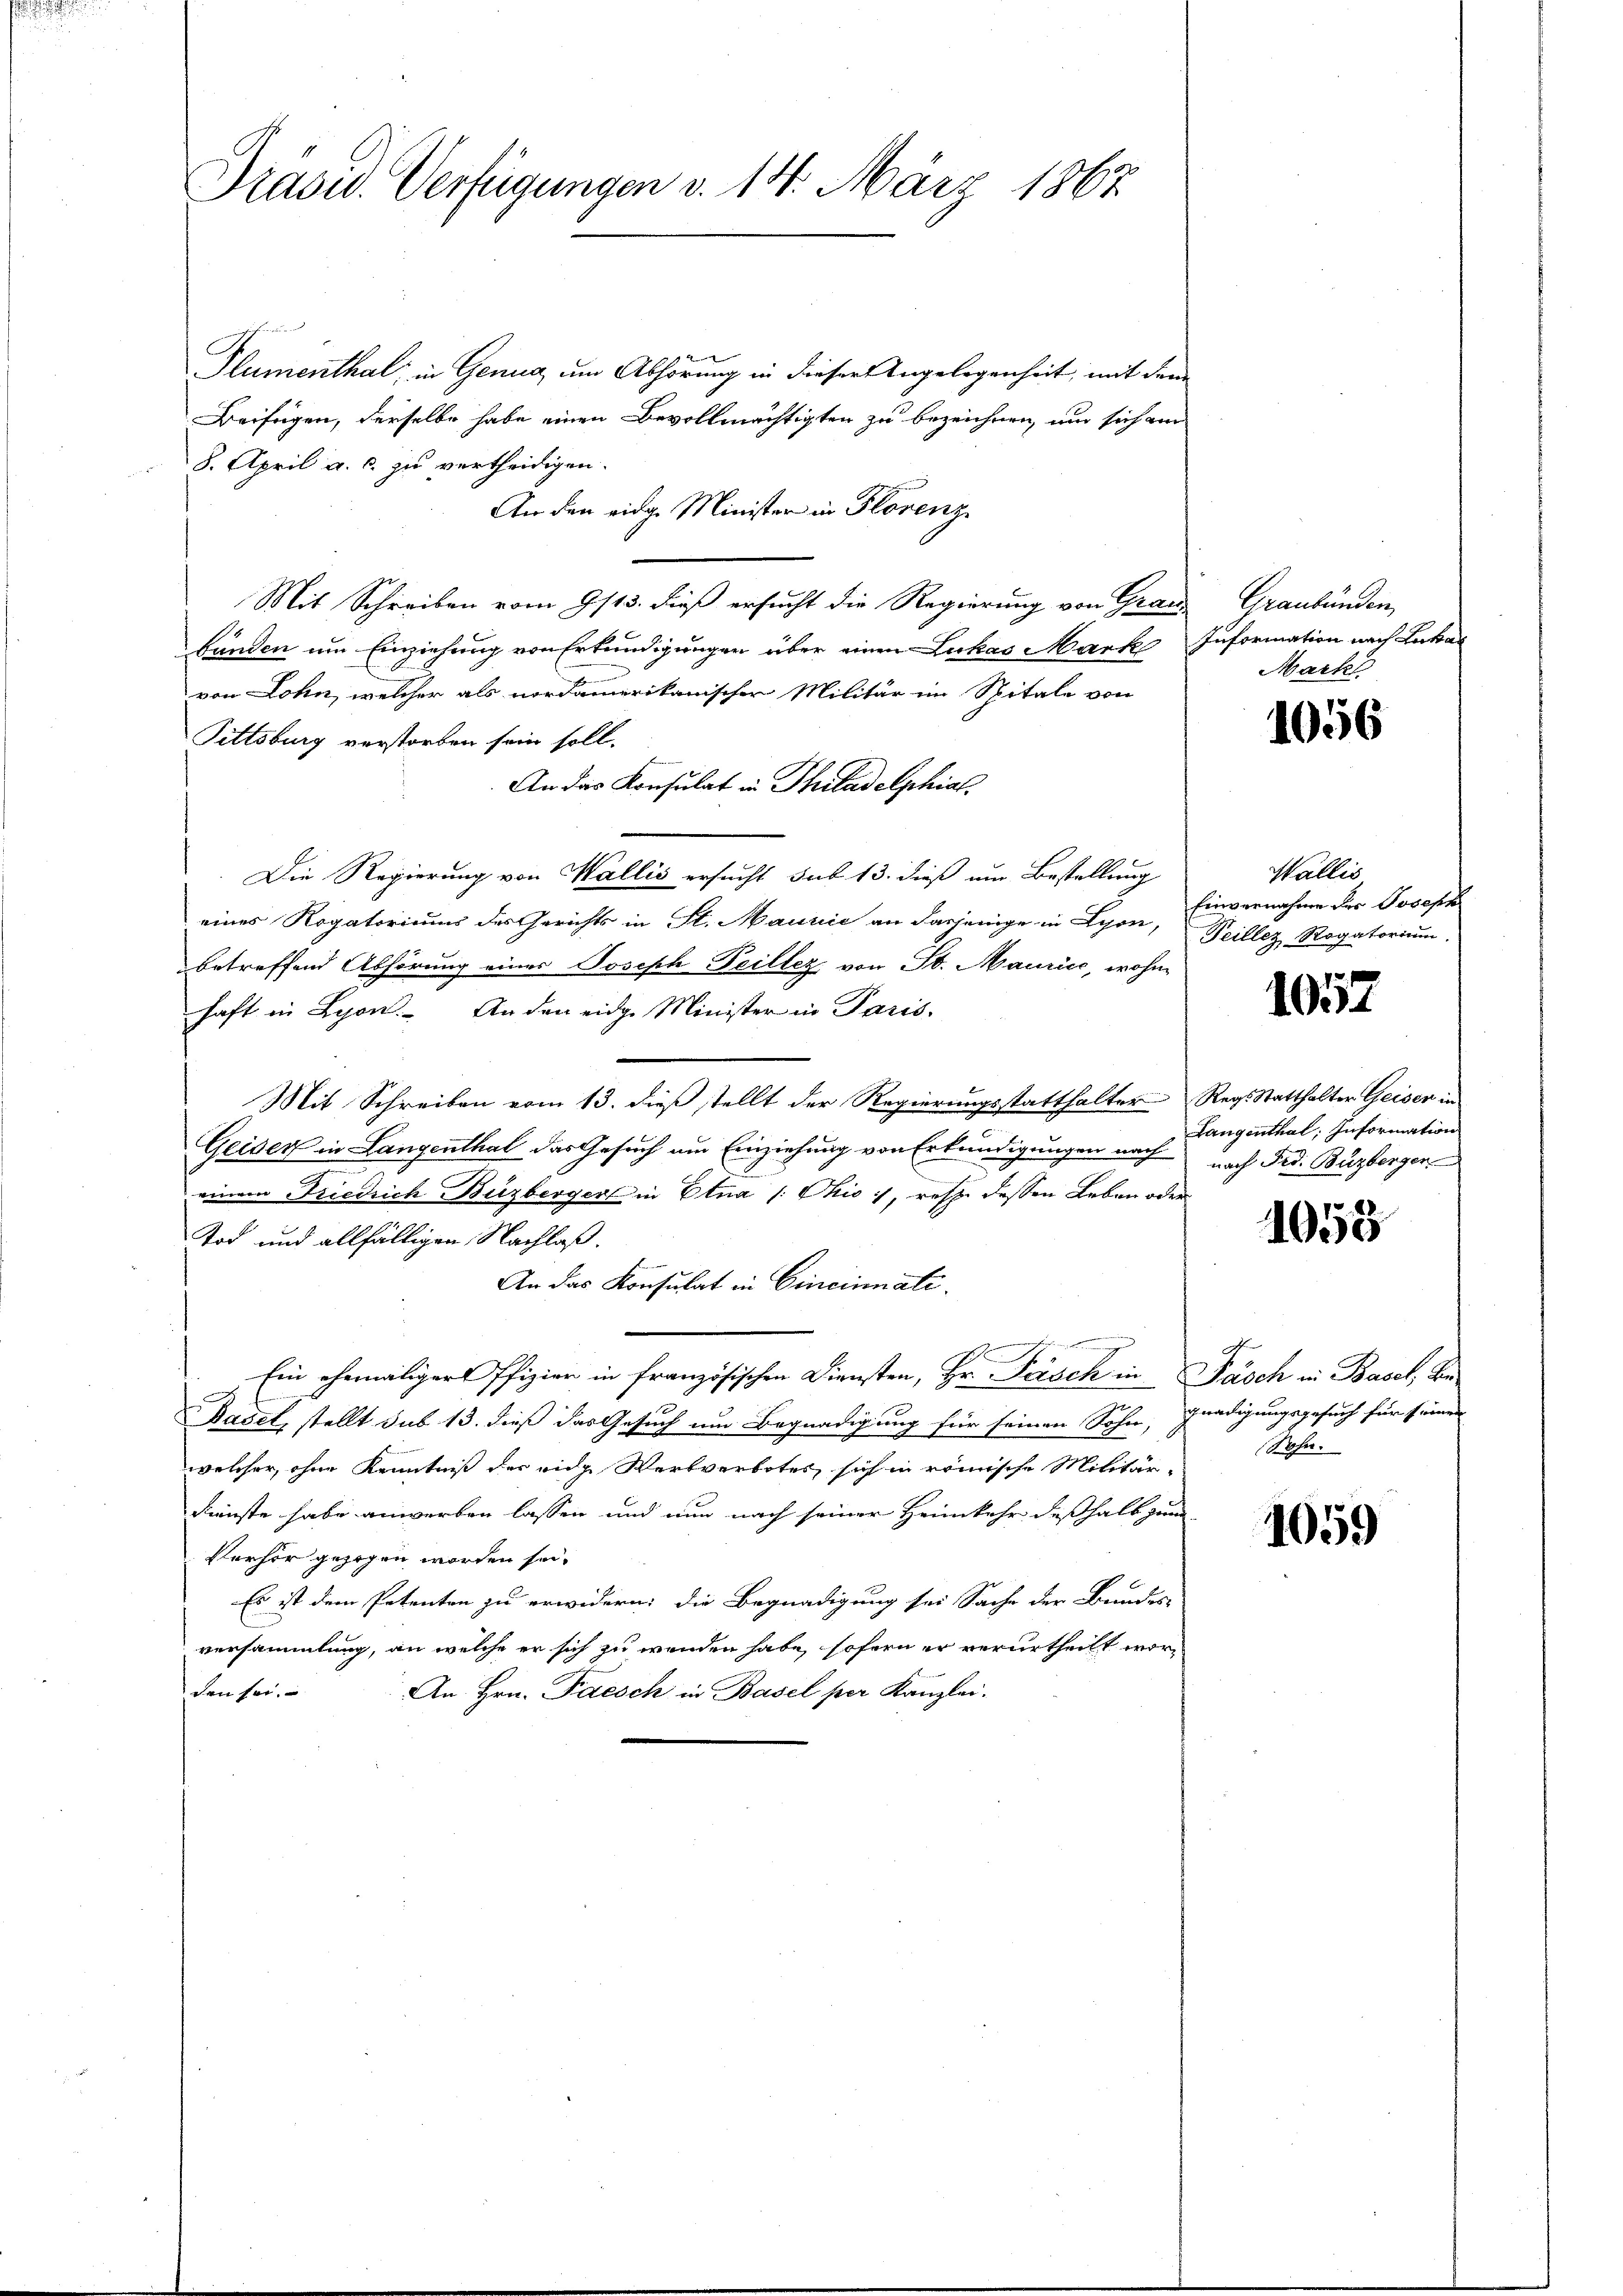
Prasid. Verfügungen d. 14. März 1867

Flumenthal, in Genua, um Abhörung in dieser Angelegenheit, mit dem
Beifügen, derselbe habe einen Bevollmächtigten zu bezeichnen, um sich am
8. April a. c. zu vertheidigen.
An den eidg. Minister in Florenz
Mit Schreiben vom 9sts. dieß ersucht die Regierung von Grau
bänden um Einziehung von Erkundigungen über einen Lukas Mark Information nach Lukas
von Lohn, welcher als nordamerikanischer Militär im Spitale von
Pittsburg verstorben sein soll.
An das Konsulat in Thiladelphial.
Die Regierung von Wallis ersucht sub 13. dieß um Bestellung
eines Rogatorium des Gerichts in St. Maurić an dasjenige in Lyon,
betreffend Abhörung eines Joseph Peillez von St. Maurice, wohin
haft in Lyon. An den eidge Minister in Paris.
Mit Schreiben vom 13. dieß stellt der Regierungsstatthalter Regsstatthalter Geiser in
Geider in Langenthal das Gesuch am Einziehung von Erkundigungen nach
einem Friedrich Buzbergerl in Etna /: Ohio, resp. dessen Leben oder
Tod und allfälligen Nachlaß.
An das Konsulat in Cincinati¬
Ein ehemaliger Pfizier in französischen Diensten, Hr. Forsch in Pasch in Basel, be
1
Dadel, stellt sub 13. dieß das Gesuch um Begnadigung für seinen Sohn, gnadigungsgesuch für seiner
welcher, ohne Kenntniß der eidg Wertverbotes sich in römische Militär-
Dienste habe anwerben lassen und nun nach seiner Heimkehr deßhalb zum
Verhör gezogen worden sei.
Es ist dem Petenten zu erwidern; die Begnadigung sei Sache der Bundes-
versammlung, an welche er sich zu wenden habe, sofern er verurtheilt worden sei.
An Hrn. Paesch in Basel per Kanzlei.

Graubünden,
Mark

1056

Wallis
Einvernahme der Joseph
Teillez Rogatorium.

1052

Langenthal; Information
nach Frd. Buzberger

1058

Sohn.

1059